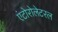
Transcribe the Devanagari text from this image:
एंटोरोलेटरल